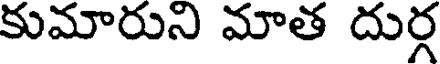
కుమారుని మాత దుర్గ